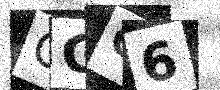
Text: CGQ6